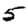
Digit: 5